Burma Government Medical School reports 1923-41
Year: 1923
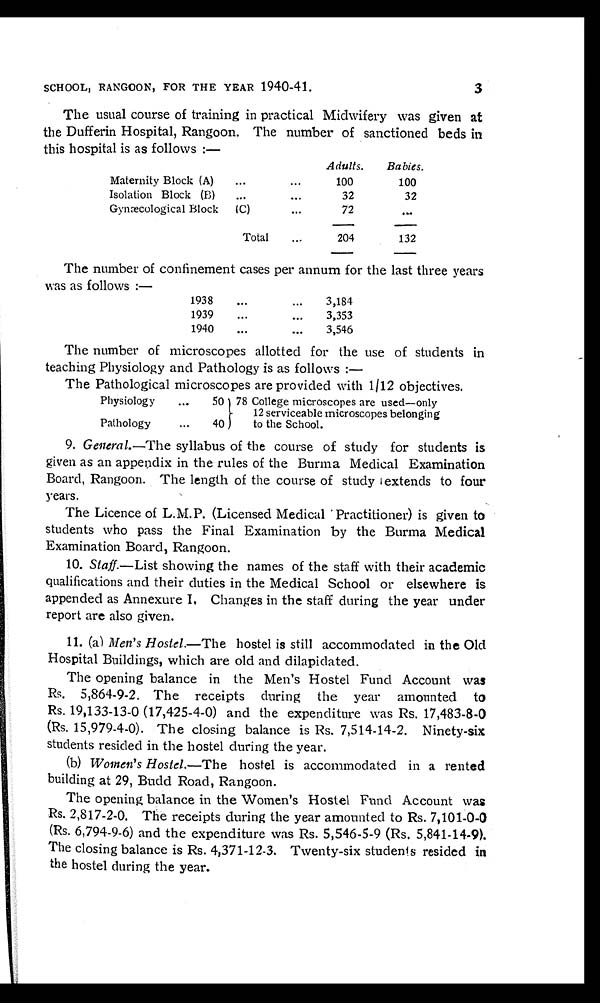
SCHOOL, RANGOON, FOR THE YEAR 1940-41.
The usual course of training in practical Midwifery was given at
the Dufferin Hospital, Rangoon. The number of sanctioned beds in
this hospital is as follows :—
Adults.
Babies.
Maternity Block (A) . . .
100
100
Isolation Block (B) . . .
32
32
Gynæcological Block (C) . . .
72
. . .
Total . . .
204
132
The number of confinement cases per annum for the last three years
was as follows :—
1938 . . .
3,184
1939 . . .
3,353
1940 . . .
3,546
The number of microscopes allotted for the use of students in
teaching Physiology and Pathology is as follows :
—
The Pathological microscopes are provided with 1/12 objectives.
Physiology . . .
50 78 College microscopes are used—only
12 serviceable microscopes belonging
to the School.
Pathology . . .
40
9. General.—The syllabus of the course of study for students is
given as an appendix in the rules of the Burma Medical Examination
Board, Rangoon. The length of the course of study extends to four
years.
The Licence of L.M.P. (Licensed Medical Practitioner) is given to
students who pass the Final Examination by the Burma Medical
Examination Board, Rangoon.
10. Staff. — L i s ts
h o w i n g t h e n a m e s o f t h e s t a f f w i t h t h e i r a c a d e m i c
qualifications and their duties in the Medical School or elsewhere is
appended as Annexure I, Changes in the staff during the year under
report are also given.
11. (a) Men's Hostel .—The hostel is still accommodated in the Old
Hospital Buildings, which are old and dilapidated.
The opening balance in the Men's Hostel Fund Account was
Rs. 5,864-9-2. The receipts during the year amounted to
Rs. 19,133-13-0 (17,425-4-0) and the expenditure was Rs. 17,483-8-0
(Rs. 15,979-4-0). The closing balance is Rs. 7,514-14-2. Ninety-six
students resided in the hostel during the year.
(b) Women's Hostel .—The hostel is accommodated in a rented
building at 29, Budd Road, Rangoon.
The opening balance in the Women's Hostel Fund Account was
Rs. 2,817-2-0. The receipts during the year amounted to Rs. 7,101-0-0
(Rs. 6,794-9-6) and the expenditure was Rs. 5,546-5-9 (Rs. 5,841-14-9).
The closing balance is Rs. 4,371-12-3. Twenty-six studenis resided in
the hostel during the year.
3